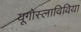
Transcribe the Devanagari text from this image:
यूगोस्लाविविया